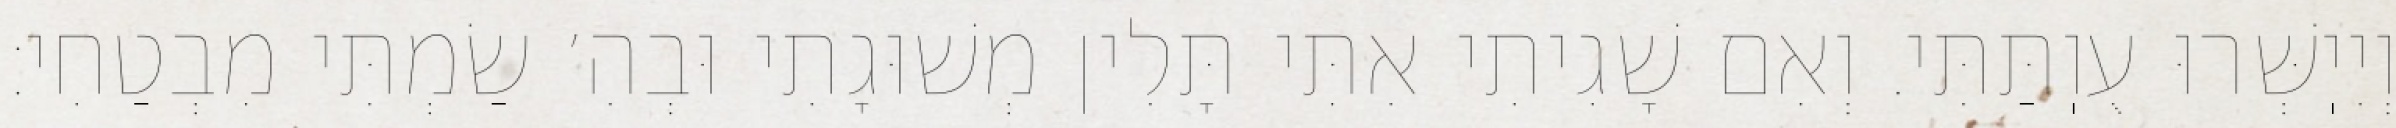
וְיִיֽשְּׁרוּ עֻוֽתַּתִּי. וְאִם שָׁגִיתִי אִתִּי תָּלִין מְשׁוּגָתִי וּבְהִ׳ שַׂמְתִּי מִבְטַחִי: